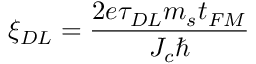
\xi _ { D L } = \frac { 2 e \tau _ { D L } m _ { s } t _ { F M } } { J _ { c } \hbar }